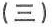
(三)